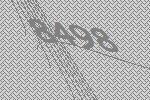
8498